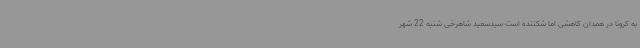
به کرونا در همدان کاهشی اما شکننده است سیدسعید شاهرخی شنبه 22 شهر